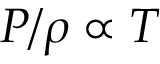
P / \rho \propto T